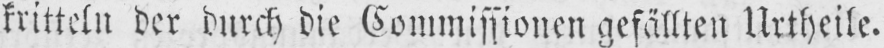
kritteln der durch die Commissionen gefällten Urtheile.